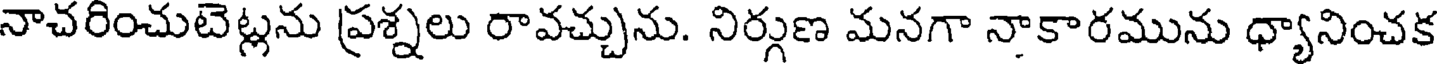
నాచరించుటెట్లను ప్రశ్నలు రావచ్చును. నిర్గుణ మనగా నాకారమును ధ్యానించక